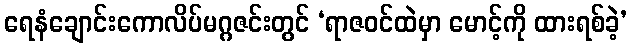
ရေနံချောင်းကောလိပ်မဂ္ဂဇင်းတွင် ‘ရာဇဝင်ထဲမှာ မောင့်ကို ထားရစ်ခဲ့’